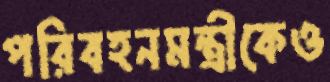
পরিবহনমন্ত্রীকেও